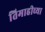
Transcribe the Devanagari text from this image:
तिमाहीच्या